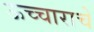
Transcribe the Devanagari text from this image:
ऊच्चाराचे